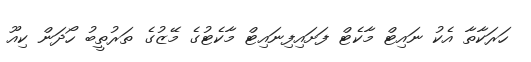
ހަރަކާތާ އެކު ނައިޓް މާކެޓް ފަށައިފިނައިޓް މާކެޓުގެ މޭޒުގެ ތަރުތީބު ހޯދަން ކިއޫ